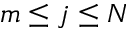
m \leq j \leq N